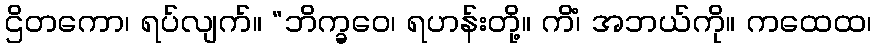
ဌိတကော၊ ရပ်လျက်။ “ဘိက္ခဝေ၊ ရဟန်းတို့။ ကိံ၊ အဘယ်ကို။ ကထေထ၊